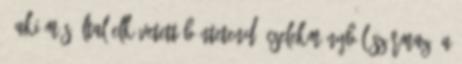
1 Aki más által elkövetett büntetendő cselekményből származó a